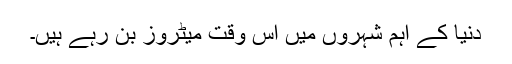
دنیا کے اہم شہروں میں اس وقت میٹروز بن رہے ہیں۔